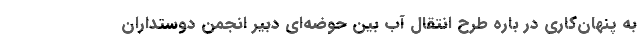
به پنهان‌کاری در باره طرح انتقال آب بین حوضه‌ای دبیر انجمن دوستداران